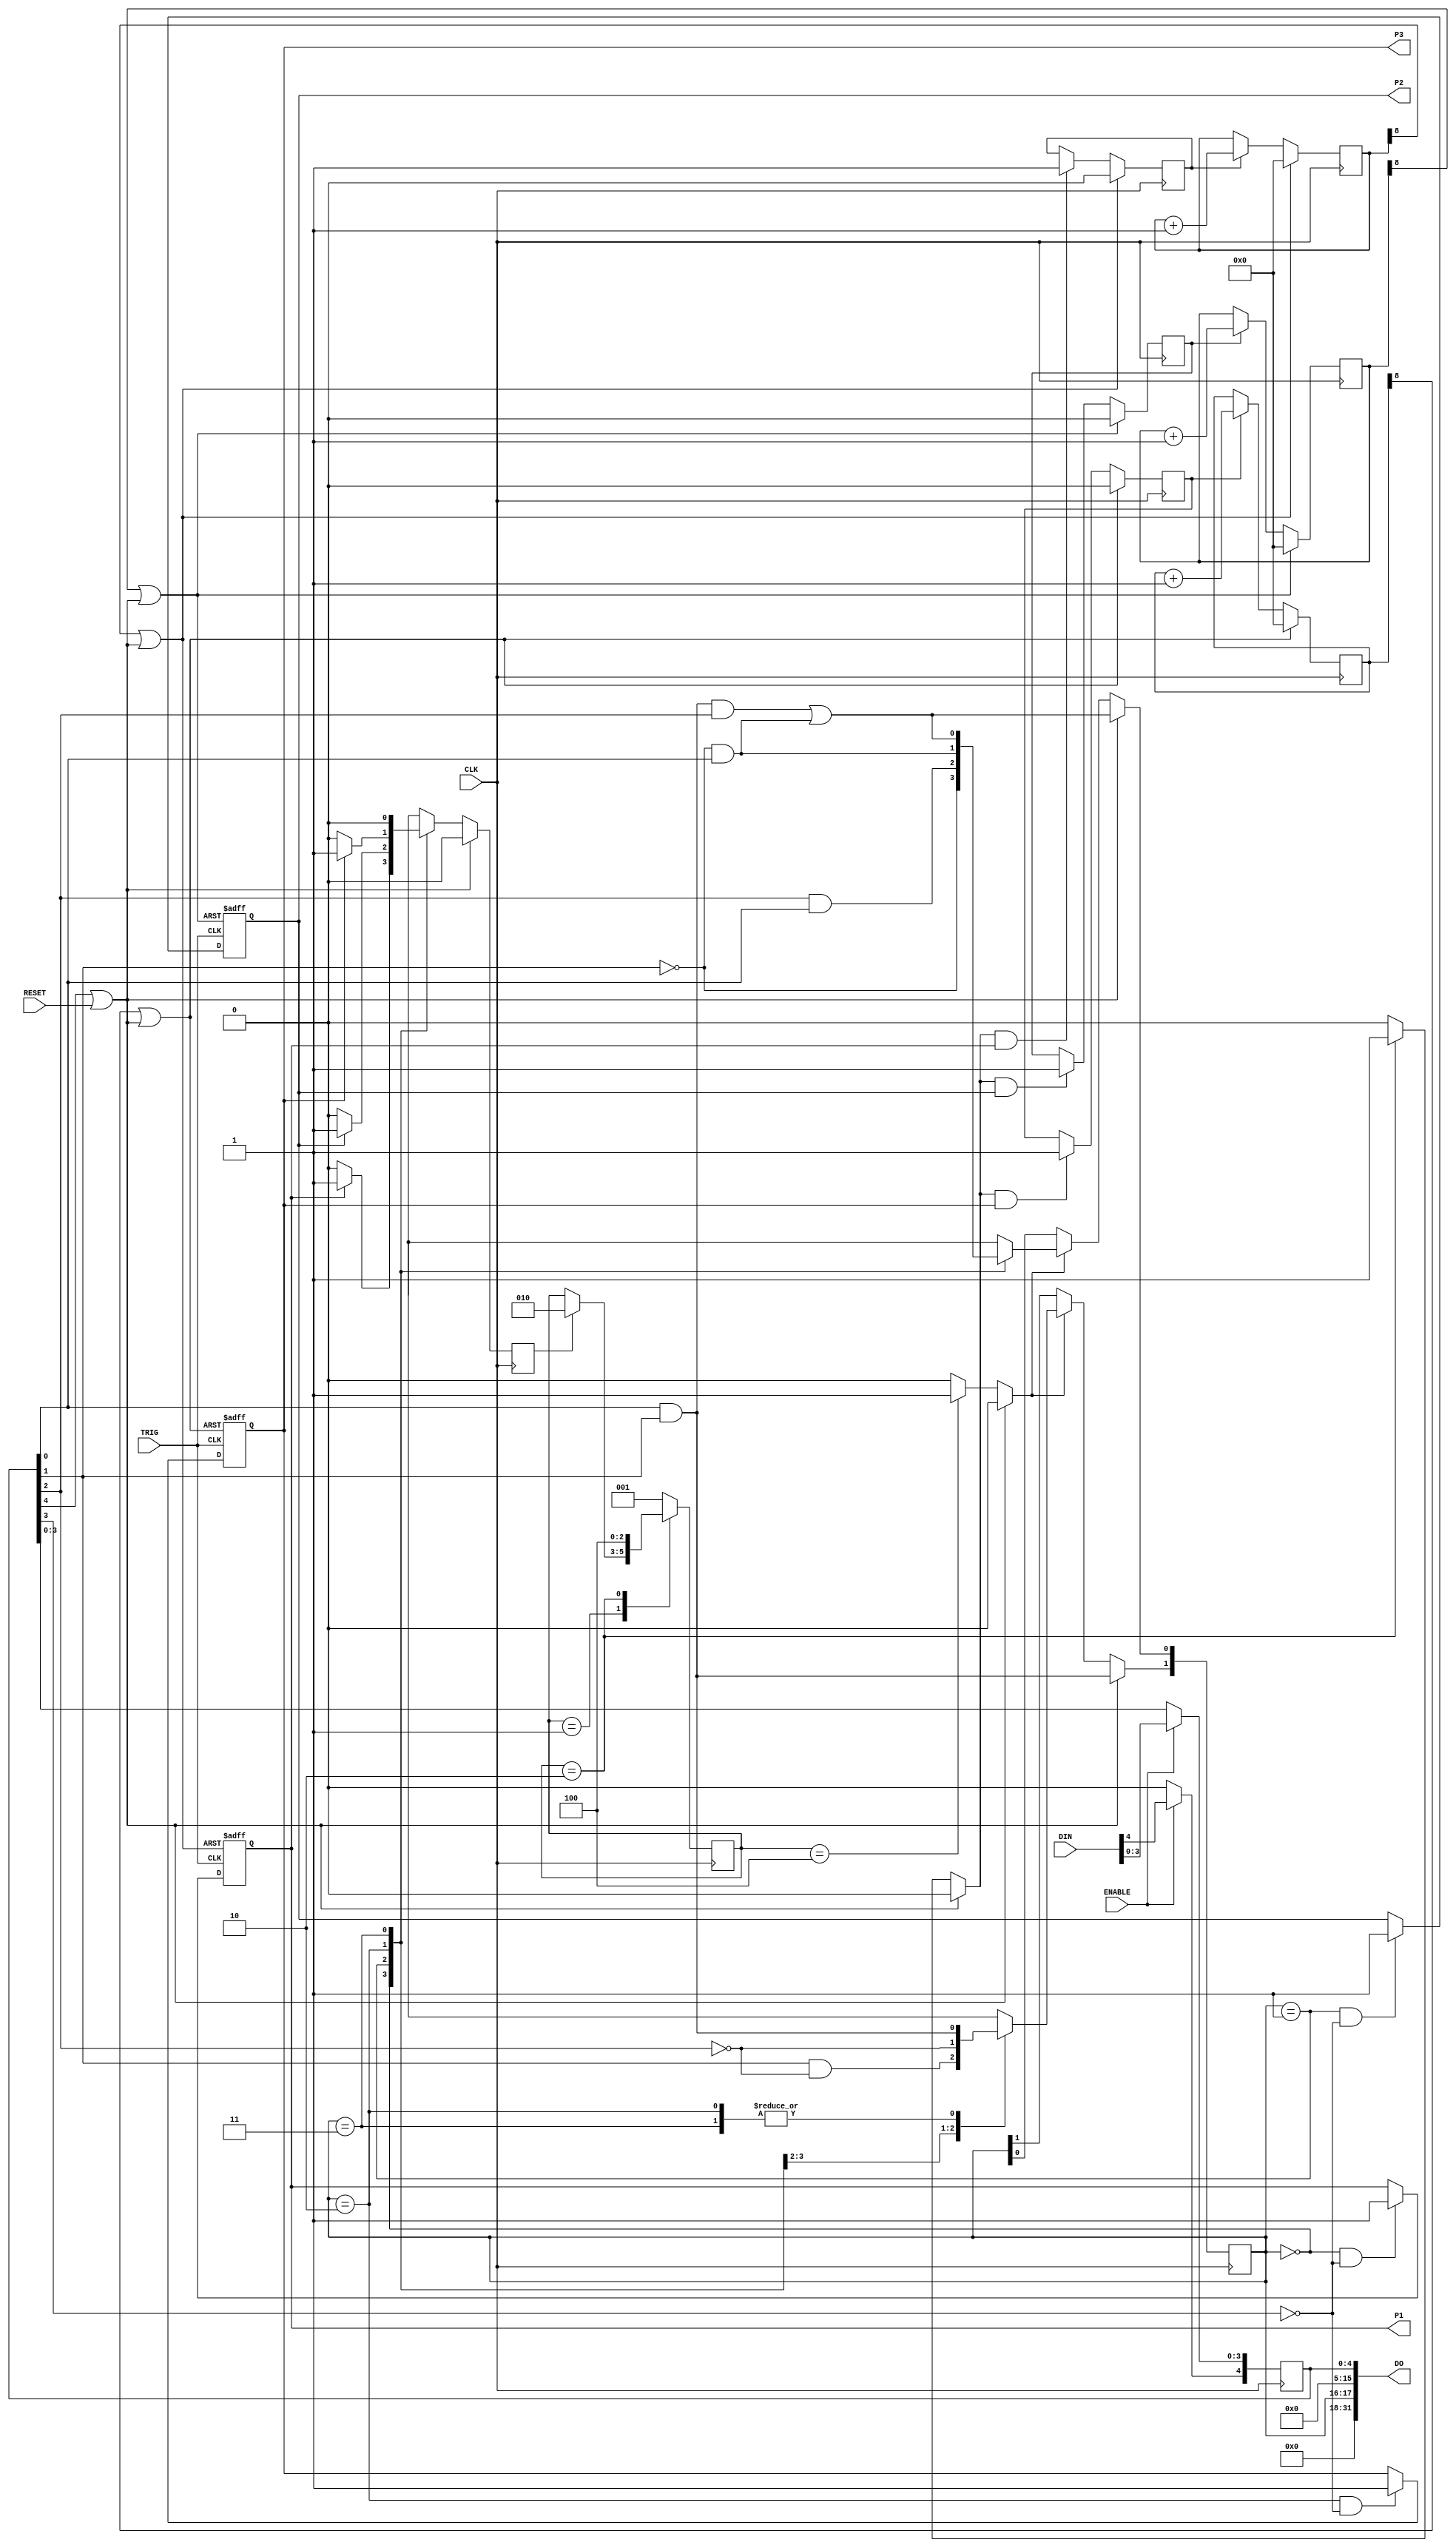
`timescale 1ns / 1ps
//////////////////////////////////////////////////////////////////////////////////
// Company: 
// Engineer: 
// 
// Design Name: 
// Module Name:    PINGPONG 
// Project Name: 
// Target Devices: 
// Tool versions: 
// Description: 
//
// Dependencies: 
//
// Revision: 
// Revision 0.01 - File Created
// Additional Comments: 
//
//////////////////////////////////////////////////////////////////////////////////
module PINGPONG(
	 input [31:0] DIN,
    output [31:0] DO,
	 output P1,
    output P2,
    output P3,
	 input CLK,
    input TRIG,
	 input ENABLE,
	 input RESET
    );

	wire [4:0] PHOTO; // PHOTO[2:0] are the photo masks. PHOTO[3] is enable.
	                  // PHOTO[4] is a reset toggle.
	wire LRESET;
	wire PHOTODIS=PHOTO[3];
	wire [2:0] PHOTO_MASK=PHOTO[2:0];
	
	reg [4:0] photo_reg = {5{1'b0}};
	always @(posedge CLK) begin
		if (ENABLE) photo_reg[3:0] <= DIN[3:0];
		if (ENABLE) photo_reg[4] <= DIN[4];
		else photo_reg[4] <= 0;
	end
	
	assign PHOTO = photo_reg;
	assign LRESET = PHOTO[4];
		
	reg photoTrig;
	reg photoTrig1;
	reg photoTrig2;
	reg photoTrig3;
	reg [1:0] curPhotoOut;
	reg [8:0] counter1;
	reg [8:0] counter2;
	reg [8:0] counter3;
	reg startCounter1;
	reg startCounter2;
	reg startCounter3;

	reg nextPhotoOut;
	reg startCount;

	wire MYRESET;
	assign MYRESET = (LRESET || RESET);

	assign DO[31:18] = 0;
	assign DO[15:5] = 0;
	assign DO[4:0] = PHOTO;
	assign DO[17:16] = curPhotoOut;

				
	parameter SIZE = 3;
	parameter IDLE = 1,
				START_COUNT = 2,
				NEXT = 4;
	reg [SIZE-1:0] state;
	
	initial begin
		counter1 <= 9'h000;
		counter2 <= 9'h000;
		counter3 <= 9'h000;
		photoTrig <= 0;
		photoTrig1 <= 0;
		photoTrig2 <= 0;
		photoTrig3 <= 0;
		curPhotoOut <= 2'b00;
		state <= IDLE;
		nextPhotoOut <= 1;
		startCount <= 1;
	end
		
	wire RESET_1 = (counter1[8] || MYRESET);
	wire RESET_2 = (counter2[8] || MYRESET);
	wire RESET_3 = (counter3[8] || MYRESET);
	
	
	always @(posedge TRIG or posedge RESET_1) begin
		if (RESET_1) begin
			photoTrig1 <= 0;
		end else if (curPhotoOut == 2'b00 && ~PHOTODIS) begin
			photoTrig1 <= 1;
		end
	end
	always @(posedge TRIG or posedge RESET_2) begin
		if (RESET_2) begin
			photoTrig2 <= 0;
		end else if (curPhotoOut == 2'b01 && ~PHOTODIS) begin
			photoTrig2 <= 1;
		end
	end
	always @(posedge TRIG or posedge RESET_3) begin
		if (RESET_3) begin
			photoTrig3 <= 0;
		end else if (curPhotoOut == 2'b10 && ~PHOTODIS) begin
			photoTrig3 <= 1;
		end
	end
	
	always @(posedge CLK) begin
		if (MYRESET) begin
			photoTrig <= 0;
		end else begin
			case (curPhotoOut)
				2'b00: if (photoTrig1) photoTrig <= 1; else photoTrig <= 0;
				2'b01: if (photoTrig2) photoTrig <= 1; else photoTrig <= 0;
				2'b10: if (photoTrig3) photoTrig <= 1; else photoTrig <= 0;
				2'b11: photoTrig <= 0;
			endcase
		end
	end
	
	always @(posedge CLK) begin
		case (state)
			IDLE: if (photoTrig) state <= START_COUNT;
			START_COUNT: state <= NEXT;
			NEXT: state <= IDLE;
			default: state <= IDLE;
		endcase
	end
	always @(state) begin
		if (MYRESET) begin
			nextPhotoOut <= 0;
			startCount <= 0;
		end else begin
			case (state)
				IDLE: begin
					nextPhotoOut <= 0;
					startCount <= 0;
				end
				START_COUNT: begin
					nextPhotoOut <= 0;
					startCount <= 1;
				end
				NEXT: begin
					nextPhotoOut <= 1;
					startCount <= 0;
				end
				default: begin
					nextPhotoOut <= 0;
					startCount <= 0;
				end
			endcase
		end
	end
	always @(posedge CLK) begin
		if (counter1[8] || MYRESET) begin
			startCounter1 <= 0;
		end else if (startCount && photoTrig1) begin
			startCounter1 <= 1;
		end
	end
	always @(posedge CLK) begin
		if (counter2[8] || MYRESET) begin
			startCounter2 <= 0;
		end else if (startCount && photoTrig2) begin
			startCounter2 <= 1;
		end
	end
	always @(posedge CLK) begin
		if (counter3[8] || MYRESET) begin
			startCounter3 <= 0;
		end else if (startCount && photoTrig3) begin
			startCounter3 <= 1;
		end
	end

	
	always @(posedge CLK) begin
		if (counter1[8] || MYRESET) begin
			counter1 <= 0;
		end else if (startCounter1) begin
			counter1 <= counter1 + 1;
		end
	end
	always @(posedge CLK) begin
		if (counter2[8] || MYRESET) begin
			counter2 <= 0;
		end else if (startCounter2) begin
			counter2 <= counter2 + 1;
		end
	end
	always @(posedge CLK) begin
		if (counter3[8] || MYRESET) begin
			counter3 <= 0;
		end else if (startCounter3) begin
			counter3 <= counter3 + 1;
		end
	end
	
	always @(posedge CLK) begin
		if (MYRESET) begin
			curPhotoOut[0] <= ((PHOTO_MASK[0] && PHOTO_MASK[1] && PHOTO_MASK[2]) ||
									(~PHOTO_MASK[1] && PHOTO_MASK[0]));
			curPhotoOut[1] <= (PHOTO_MASK[0] && PHOTO_MASK[1]);
		end else if (nextPhotoOut) begin
			case (curPhotoOut)
				2'b00: begin
					// Use PHOTO_MASK [2,1] to generate curPhotoOut[1:0]
					// X0 => 01
					// 01 => 10
					// 11 => 00
					//
					curPhotoOut[0] <= ~PHOTO_MASK[1];
					curPhotoOut[1] <= PHOTO_MASK[1] && ~PHOTO_MASK[2];
				end
				2'b01: begin
					// Use PHOTO_MASK[0,2] to generate curPhotoOut[1:0]
					// X0 => 10
					// 01 => 00
					// 11 => 01
					//
					curPhotoOut[0] <= PHOTO_MASK[2] && PHOTO_MASK[0];
					curPhotoOut[1] <= ~PHOTO_MASK[2];
				end
				2'b10: begin
					// Use PHOTO_MASK[1,0] to generate curPhotoOut[1:0]
					// X0 => 00
					// 01 => 01
					// 11 => 10
					//
					curPhotoOut[0] <= ~PHOTO_MASK[1] && PHOTO_MASK[0];
					curPhotoOut[1] <= PHOTO_MASK[1] && PHOTO_MASK[0];
				end
				// 2'b11 is a nonvalid state. We also use it for a 'total disable', but this bails out.
				2'b11: begin
					// Same as the MYRESET logic.
					curPhotoOut[0] <= ((PHOTO_MASK[0] && PHOTO_MASK[1] && PHOTO_MASK[2]) ||
											(~PHOTO_MASK[1] && PHOTO_MASK[0]));
					curPhotoOut[1] <= (PHOTO_MASK[0] && PHOTO_MASK[1]);
				end
			endcase
		end
	end

assign P1 = photoTrig1;
assign P2 = photoTrig2;
assign P3 = photoTrig3;

endmodule